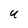
Character: U